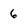
Character: 6